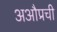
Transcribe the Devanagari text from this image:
अऔप्रची